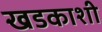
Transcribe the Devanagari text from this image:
खडकाशी